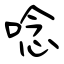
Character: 唸